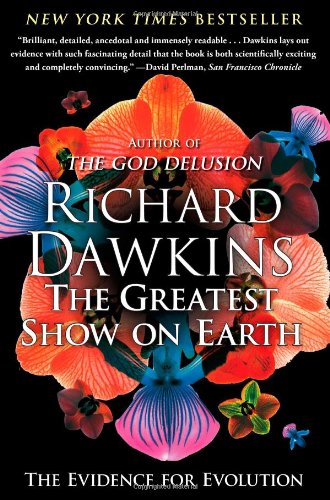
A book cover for The Greatest Show on Earth: The Evidence for Evolution; Richard Dawkins; Science & Math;